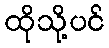
ထိုသို့ပင်